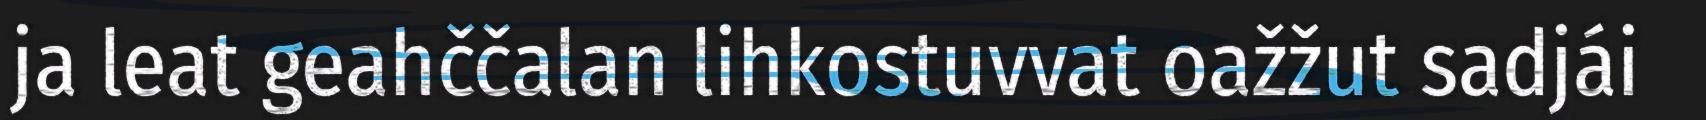
ja leat geahččalan lihkostuvvat oažžut sadjái